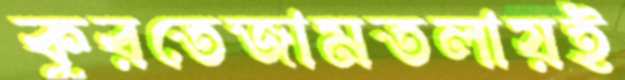
কুরতেজামতলায়ই